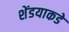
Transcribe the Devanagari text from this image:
शेंडयाकडे